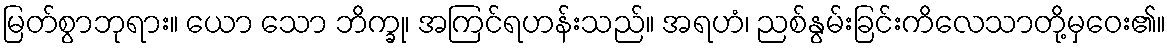
မြတ်စွာဘုရား။ ယော သော ဘိက္ခု၊ အကြင်ရဟန်းသည်။ အရဟံ၊ ညစ်နွမ်းခြင်းကိလေသာတို့မှဝေး၏။